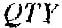
QTY